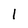
Character: 1